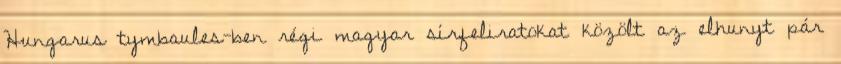
Hungarus tymbaules-ben régi magyar sírfeliratokat közölt az elhunyt pár